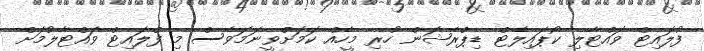
ފުލައިޓް ވައްޓާލި ކޯޕައިލެޓް ޑިޕްރެޝަން ހުރި މީހެއް ކަަމަށްވީނަމަވެސް މި ފްލައިޓް ވައްޓާލުމަށް